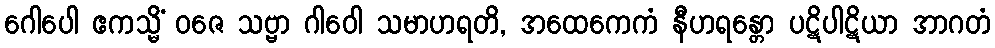
ဂေါပေါ ဧကသ္မိံ ဝဇေ သဗ္ဗာ ဂါဝေါ သမာဟရတိ, အထေကေကံ နီဟရန္တော ပဋိပါဋိယာ အာဂတံ